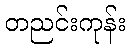
တညင်းကုန်း